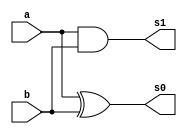
 // ------------------------- 
// Exemplo0032 - FullAdder 
// Nome: Lucas Cardoso 
// ------------------------- 
// ------------------------- 
// FullAdder
// ------------------------- 
module Adder (output s0, 
output s1,
input a, 
input b);
xor XOR1 (s0,a,b);
and AND1 (s1,a,b);
endmodule//Adder

module Comp (output f,
input a,
input b,
input c);
nor NOR1 (f,a,b,c);
endmodule//Comp

module C1 (output s1,
input a,
input b);
xor XOR2(s1,a,b);
endmodule//C1

module fullAdder (output s2,
output Carry_out,
input Carry_in,
input x,
input y);
wire temp1,temp2,temp3;
Adder A1 (temp1,temp2,x,y);
Adder A2 (s2,temp3,temp1,Carry_in);
or OR1(Carry_out,temp3,temp2);
endmodule//fullAdder

module Prin (output [2:0] s,
output sinal,
output f,
input [2:0] x1,
input [2:0] y1,
input Carry_in);
wire temp4,temp5,c0,c1,c2,c3;
C1 C0 (c0,Carry_in,y1[0]);
C1 C1 (c1,Carry_in,y1[1]);
C1 C2 (c2,Carry_in,y1[2]);
fullAdder fA1(s[0],temp4,Carry_in,x1[0],c0);
fullAdder fA2(s[1],temp5,temp4,x1[1],c1);
fullAdder fA3(s[2],Carry_out,temp5,x1[2],c2);
C1 C3 (sinal,Carry_out,Carry_in);
Comp COMP1 (f,s[0],s[1],s[2]);
endmodule//Prin

module testPrin;
// ------------------------- definir dados 
reg [2:0] x;
reg [2:0] y;
reg  v;
wire f;
wire [2:0] s;
wire sinal,Carry_out; 
Prin modulo ( s, sinal,f , x, y, v);
// ------------------------- parte principal 
initial begin 
$display("Exemplo0032 - Lucas Cardoso - 441694"); 
$display("Test AU's module"); 
x = 3'b000; y = 3'b000; v = 'b0; 
// projetar testes do modulo 
$display("\na b Carry_in sinal s 1OR0 ");
#1 $monitor("%b %b %b %b %b %b",x,y,v,sinal,s,f);
#1 x='b000;y ='b000; v= 'b0;  
#1 x='b001;y ='b001; v= 'b0;
#1 x='b010;y ='b010; v= 'b0;
#1 x='b011;y ='b011; v= 'b0;
 
#1 x='b100;y ='b100; v= 'b0;  
#1 x='b101;y ='b101; v= 'b0;
#1 x='b110;y ='b110; v= 'b0;
#1 x='b111;y ='b111; v= 'b0; 

#1 x='b000;y ='b000; v= 'b1; 
#1 x='b001;y ='b001; v= 'b1;  
#1 x='b010;y ='b010; v= 'b1;
#1 x='b011;y ='b011; v= 'b1;

#1 x='b100;y ='b100; v= 'b1; 
#1 x='b101;y ='b101; v= 'b1;  
#1 x='b110;y ='b110; v= 'b1;
#1 x='b111;y ='b111; v= 'b1;

end 
endmodule // test_FullAdder